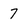
Character: 7